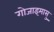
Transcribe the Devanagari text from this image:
गोजाइमासु